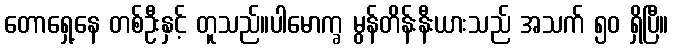
တောရှေ့နေ တစ်ဦးနှင့် တူသည်။ပါမောက္ခ မွန်တိန်းနီးယားသည် အသက် ၅၀ ရှိပြီ။